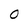
Character: 0